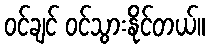
ဝင်ချင် ဝင်သွားနိုင်တယ်။